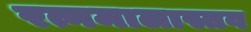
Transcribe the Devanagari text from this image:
रत्नमालास्तव